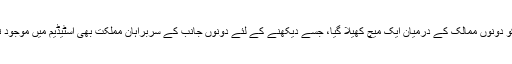
بدھ کو دونوں ممالک کے درمیان ایک میچ کھیلا گیا، جسے دیکھنے کے لئے دونوں جانب کے سربراہانِ مملکت بھی اسٹیڈیم میں موجود تھے۔